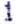
1